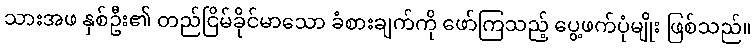
သားအဖ နှစ်ဦး၏ တည်ငြိမ်ခိုင်မာသော ခံစားချက်ကို ဖော်ကြသည့် ပွေ့ဖက်ပုံမျိုး ဖြစ်သည်။